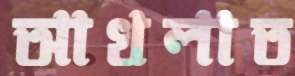
আখলাত